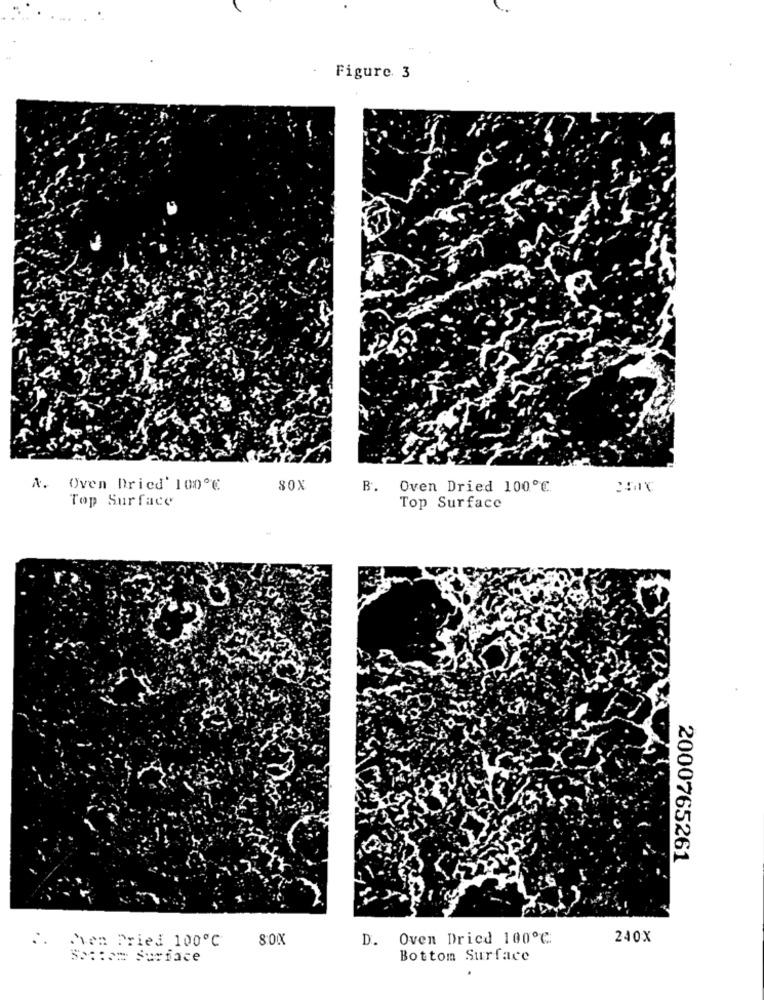
Figure. 3
R. Oven Dried' 10:0℃
80X
B.
Oven Dried 100℃
Top Surface
Top Surface
2000765261
8:00
D. Oven Dried 100℃
240X
C. Sven Pried 100℃
55 :: o= Surface
Bottom Surface